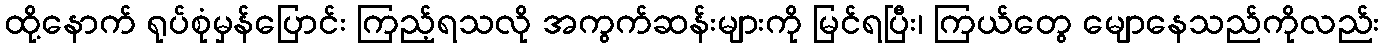
ထို့နောက် ရုပ်စုံမှန်ပြောင်း ကြည့်ရသလို အကွက်ဆန်းများကို မြင်ရပြီး၊ ကြယ်တွေ မျောနေသည်ကိုလည်း